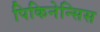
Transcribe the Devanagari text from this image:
पिकिनेन्सिस